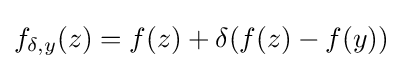
\displaystyle {f_{\delta ,y}(z)=f(z)+\delta (f(z)-f(y))}